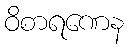
ဝိစာရဏေန